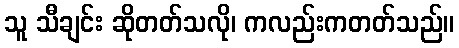
သူ သီချင်း ဆိုတတ်သလို၊ ကလည်းကတတ်သည်။